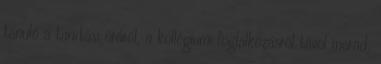
tanuló a tanítási óráról, a kollégiumi foglalkozásról távol marad,